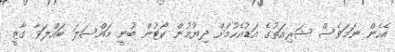
އެހެން ނަމަވެސް ޝަރިއަތުގެ އަޑުއެހުމަށް ދިޔުމުން ކޯޓުން ބުނީ މައްސަލަ ބައްލަވާ ގާޒީ